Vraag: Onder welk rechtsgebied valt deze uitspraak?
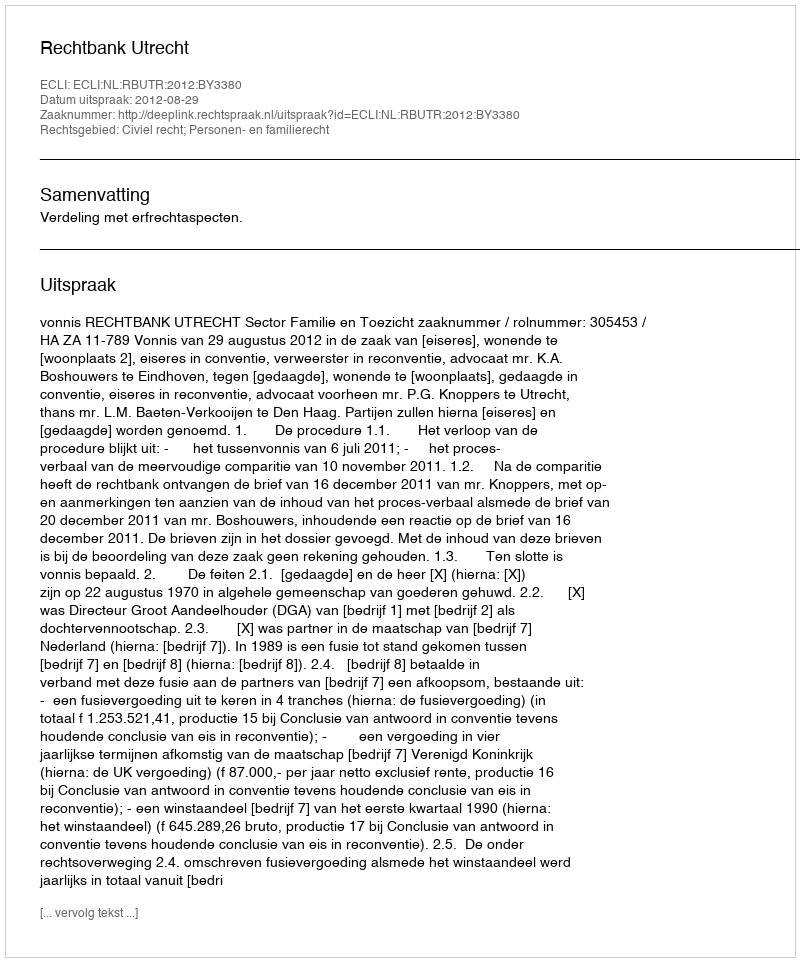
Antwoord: Civiel recht; Personen- en familierecht